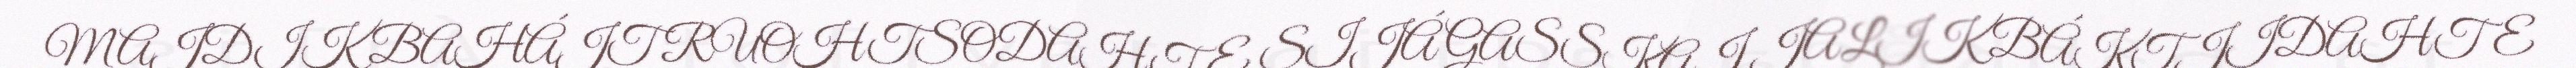
MAJDIK BAHÁJT RUOHTSODAHTE SIJÁ GASSKAJ JALIK BÁKTJIDAHTE